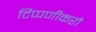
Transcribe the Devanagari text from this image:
टिप्पणीकरों